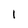
Character: I